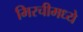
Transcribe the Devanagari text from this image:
मिरचीमध्ये